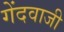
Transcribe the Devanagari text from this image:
गेंदवाजी